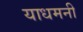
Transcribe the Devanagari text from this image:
याधमनी